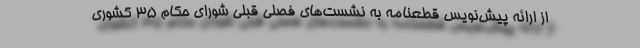
از ارائه پیش‌نویس قطعنامه به نشست‌های فصلی قبلی شورای حکام 35 کشوری